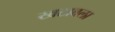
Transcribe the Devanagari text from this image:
खटावला